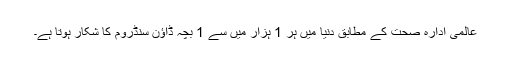
عالمی ادارہ صحت کے مطابق دنیا میں ہر 1 ہزار میں سے 1 بچہ ڈاؤن سنڈروم کا شکار ہوتا ہے۔